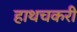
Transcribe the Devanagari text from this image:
हाथचकरी